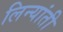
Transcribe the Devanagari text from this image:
लिन्यांती